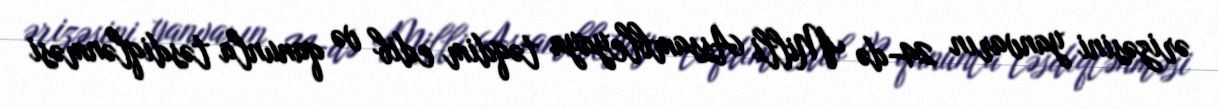
ərizəsini yanvarın 24-də Milli Assambleyaya təqdim edib və qanunla təsdiqlənməsi